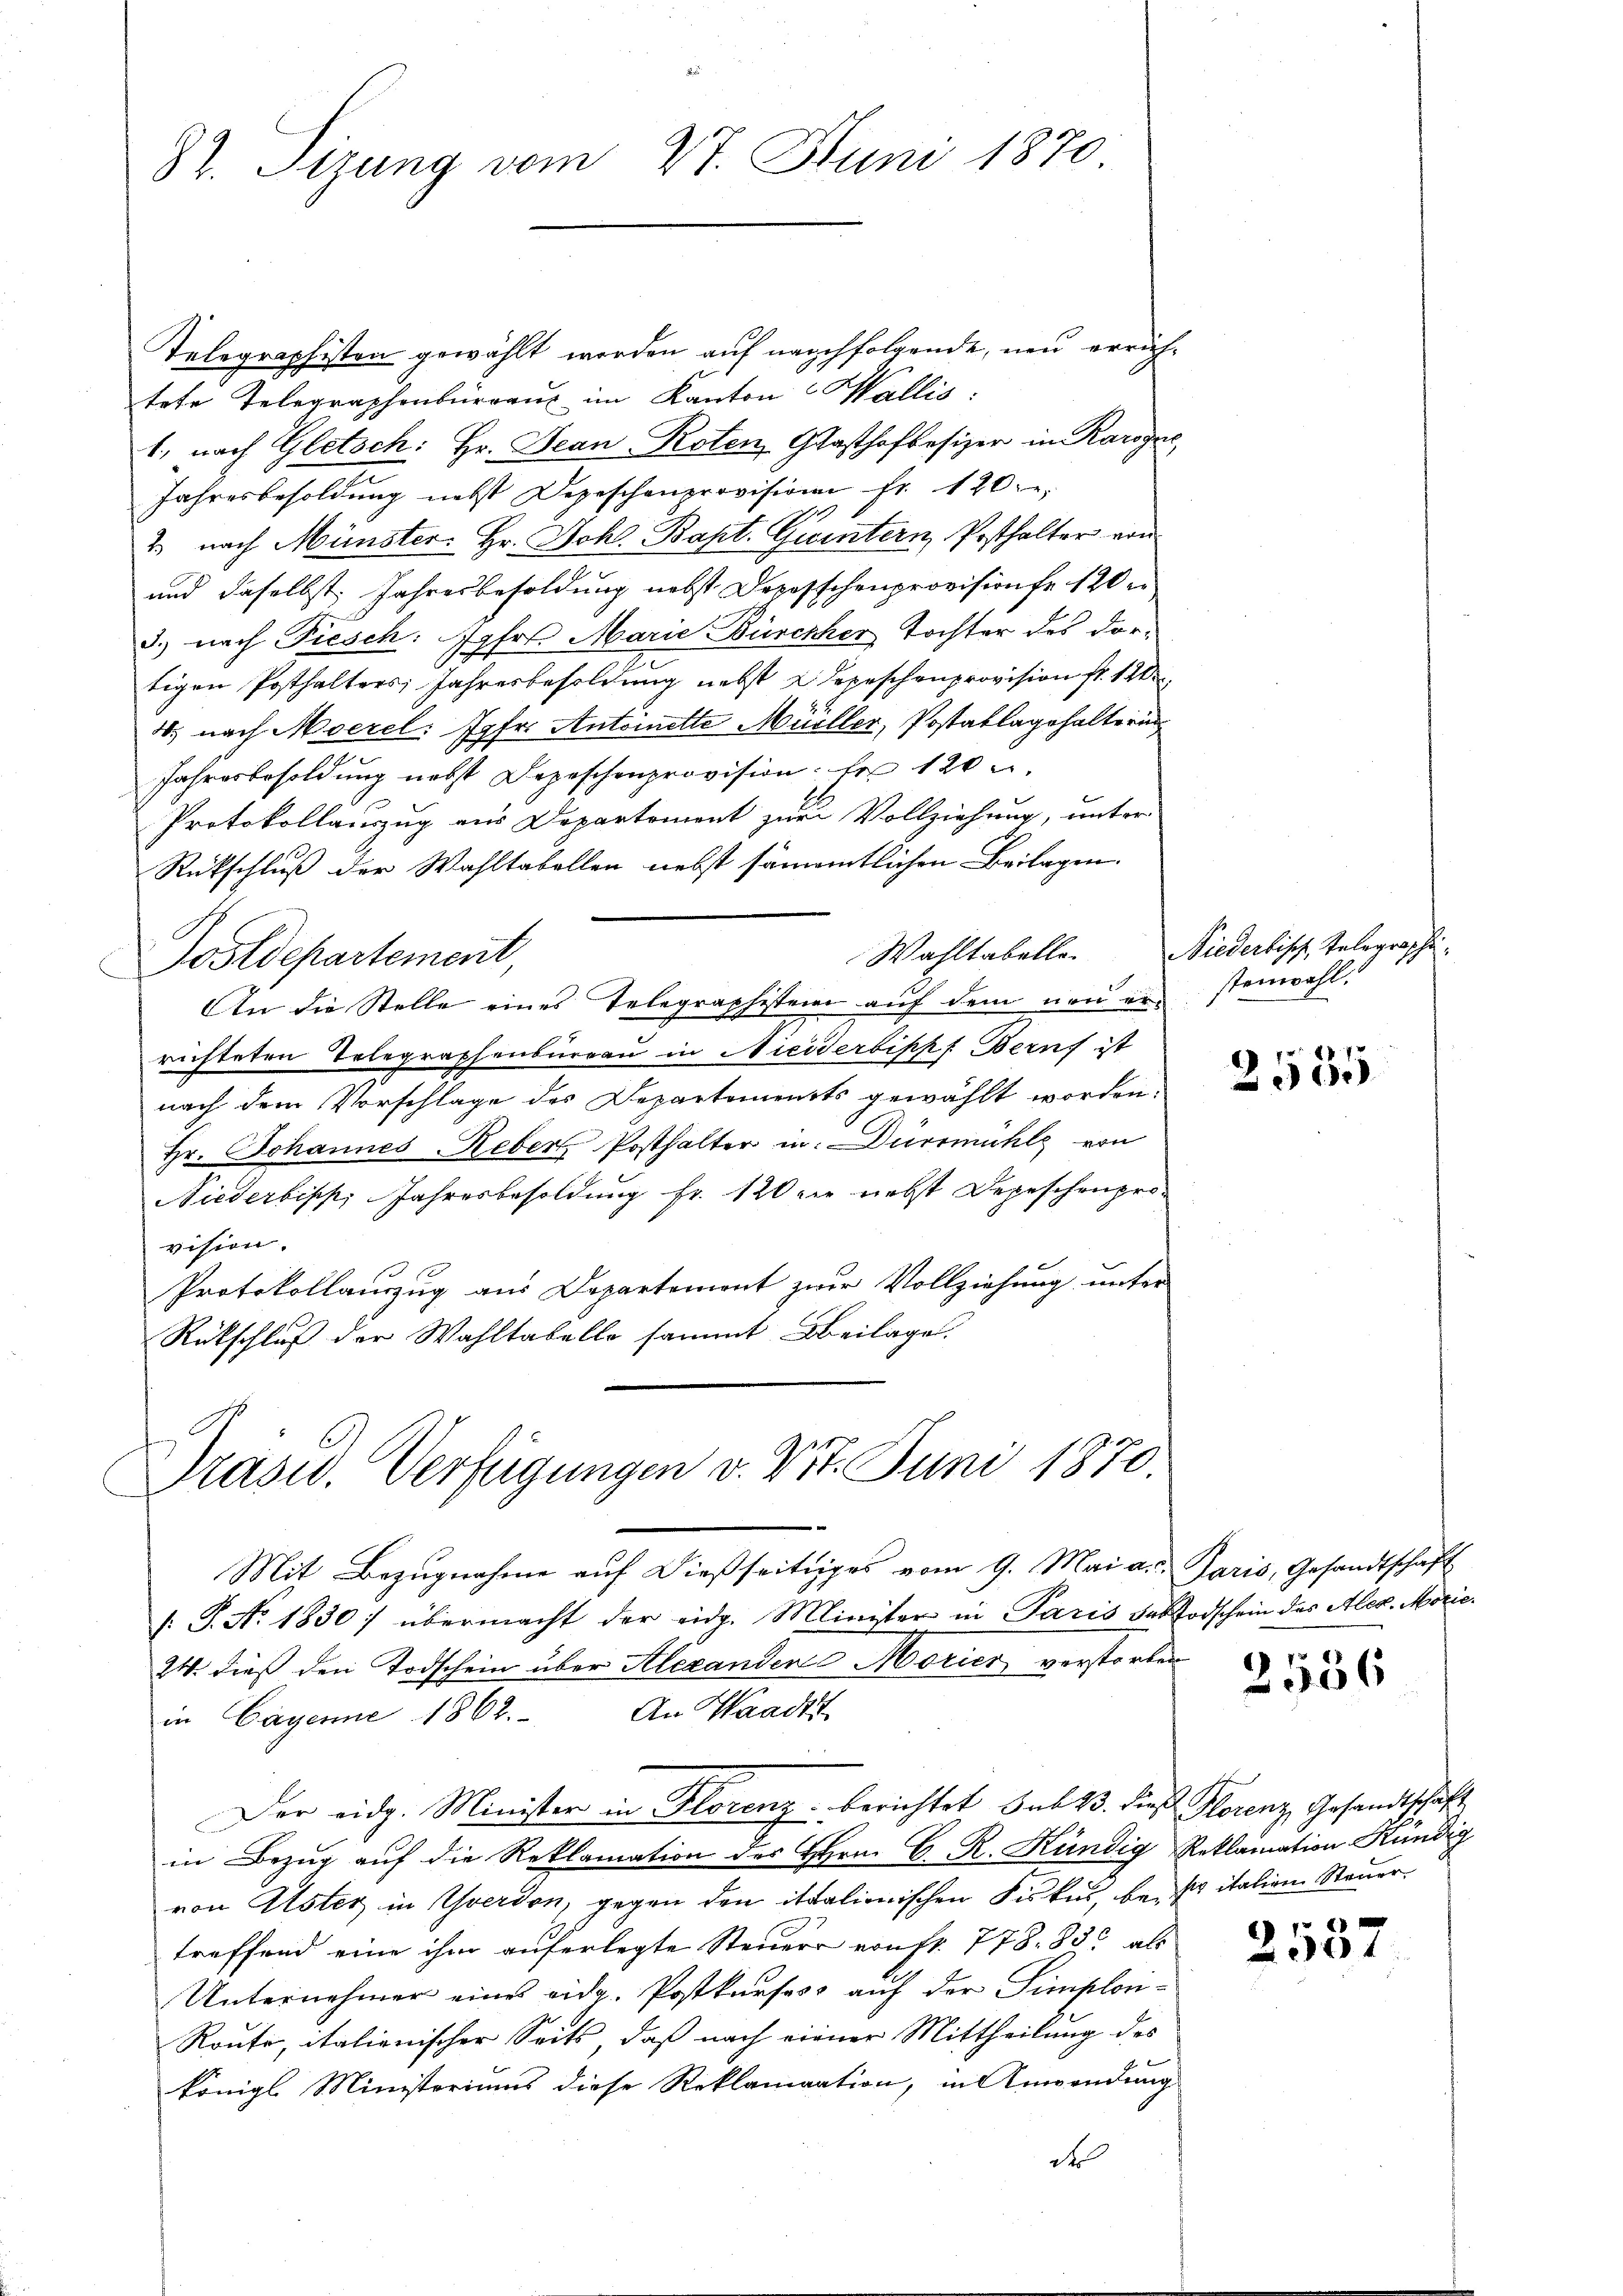
87. Sizung vom 27. Juni 1870

Telegraphisten gewählt worden auf nachfolgende, neu errichtete Telegraphenburgau im Kanton Wallis:
1., nach Gletsch: Hr. Jean Roten Gasthofbesizer in Karogne
Jahresbesoldung nebst Depeschenprovision fr. 120.
1
2. nach Münster. Hr. Joh. Bapt. Quintern Posthalter von
und daselbst. Jahresbesoldung nebst Deposschenprovisionse 120 er
d.) nach Fiesch: Jpfrs. Marie Bürchher Tochter des dortigen Posthalters Jahresbesoldung nebst 2 Depeschenprovision fr. 120
4. nach Moerel: Jgfr. Antoinette Müller, Postatlagehalte ein
Jahresbesoldung nebst Depeschenprovision. Er 120 u.
Protokollauszug aus Departemont zur Vollziehung, unter
Rückschluß der Wahltabellen nebst sämmtlichen Beilagen.
Sostdepartement,
An die Stelle eines Telegraphistern auf dem neu er-
richteten Telegraphenbureau in Niciderbippf Beruf ist
nach dem Vorschlage des Departements gewählt worden.
Hr. Johannes Leber Posthalter in Dürsmühle von
Niederbipp, Jahresbesoldung fr. 120 in nebst Depeschenprovision.
Protokollauszug aus Departement zur Vollziehung unter
Rütschluß der Wahltabello sammt Beilage.

Präsid. Verfügungen v. Vt. Juni 1870.
e

Mit Bezugnahme auf dießseitiges vom 9. Mai a. Paris, Gesandtschaft
/: P. No. 1830) übermacht der eidg. Minister in Paris das Todschein des Ales. Moric¬
24. dieß den Todschein über Alexanden Morier verstorben
in Cayenne 1862. An Waadt
in Bezug auf die Reklamation des Hrn. C. R. Kündig Reklamation Rundg
von Uster in Yverdon, gegen den italienischen Fiskus, bei sitalien Steuer
treffend eine ihm auferlegte Steuer von fr. 778. 83. als
Unternehmer eines eidg. Postkurses auf der Simplon¬
Route, italienischer Seits, daß nach einer Mittheilung des
königl Ministeriums diese Reklamation, in Anwendung
der

Der eidg. Minister in Florenz berichtet sub 23. die Florenz Gesandtschaft

Wahltabelle. Niederlisch Telegraphistenwahl.

2555

2586

6)
8101